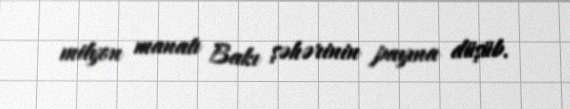
milyon manatı Bakı şəhərinin payına düşüb.